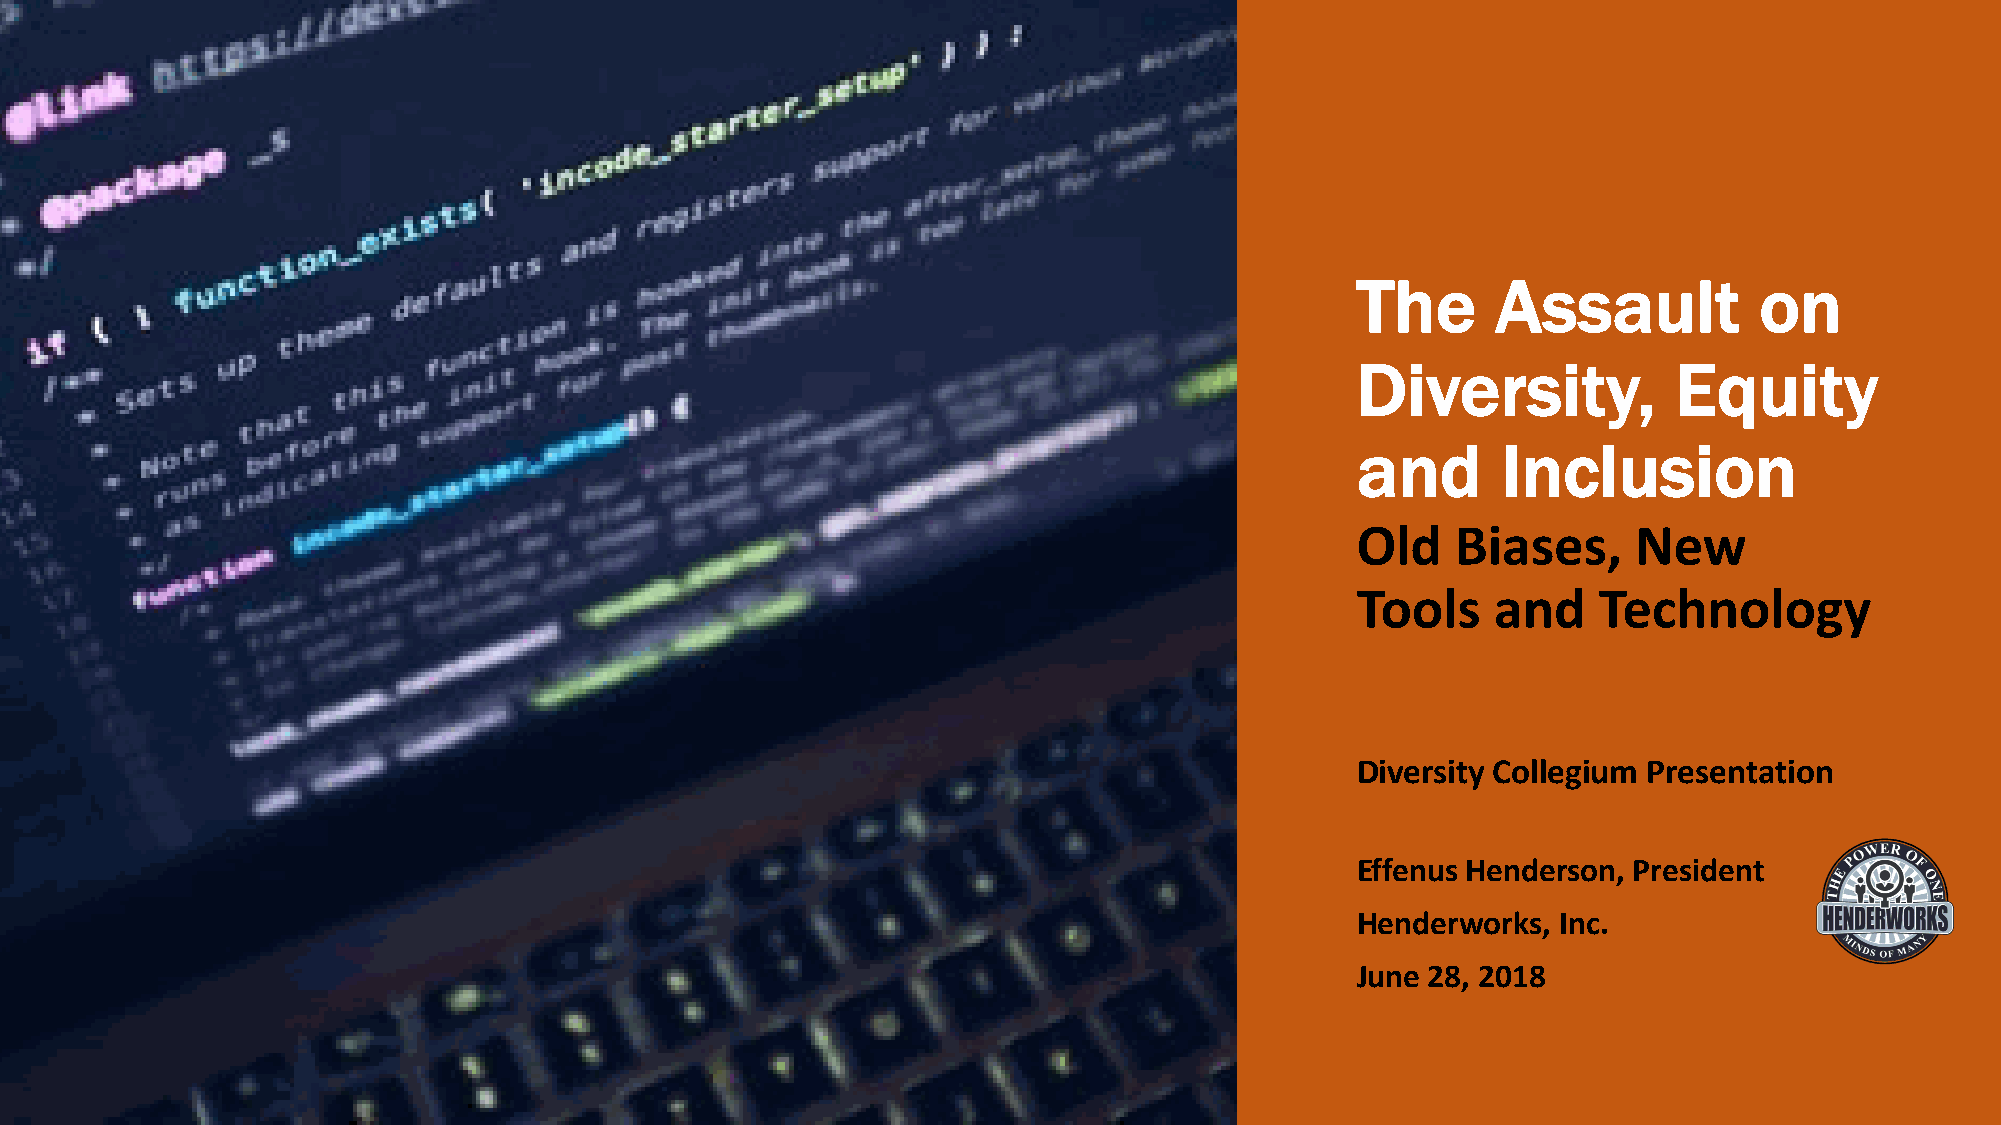
The      Assault          on
 Diversity,           Equity
 and      Inclusion
 Old   Biases,     New
 Tools    and    Technology
 Diversity Collegium Presentation
 Effenus Henderson, President
 Henderworks, Inc.
 June 28, 2018